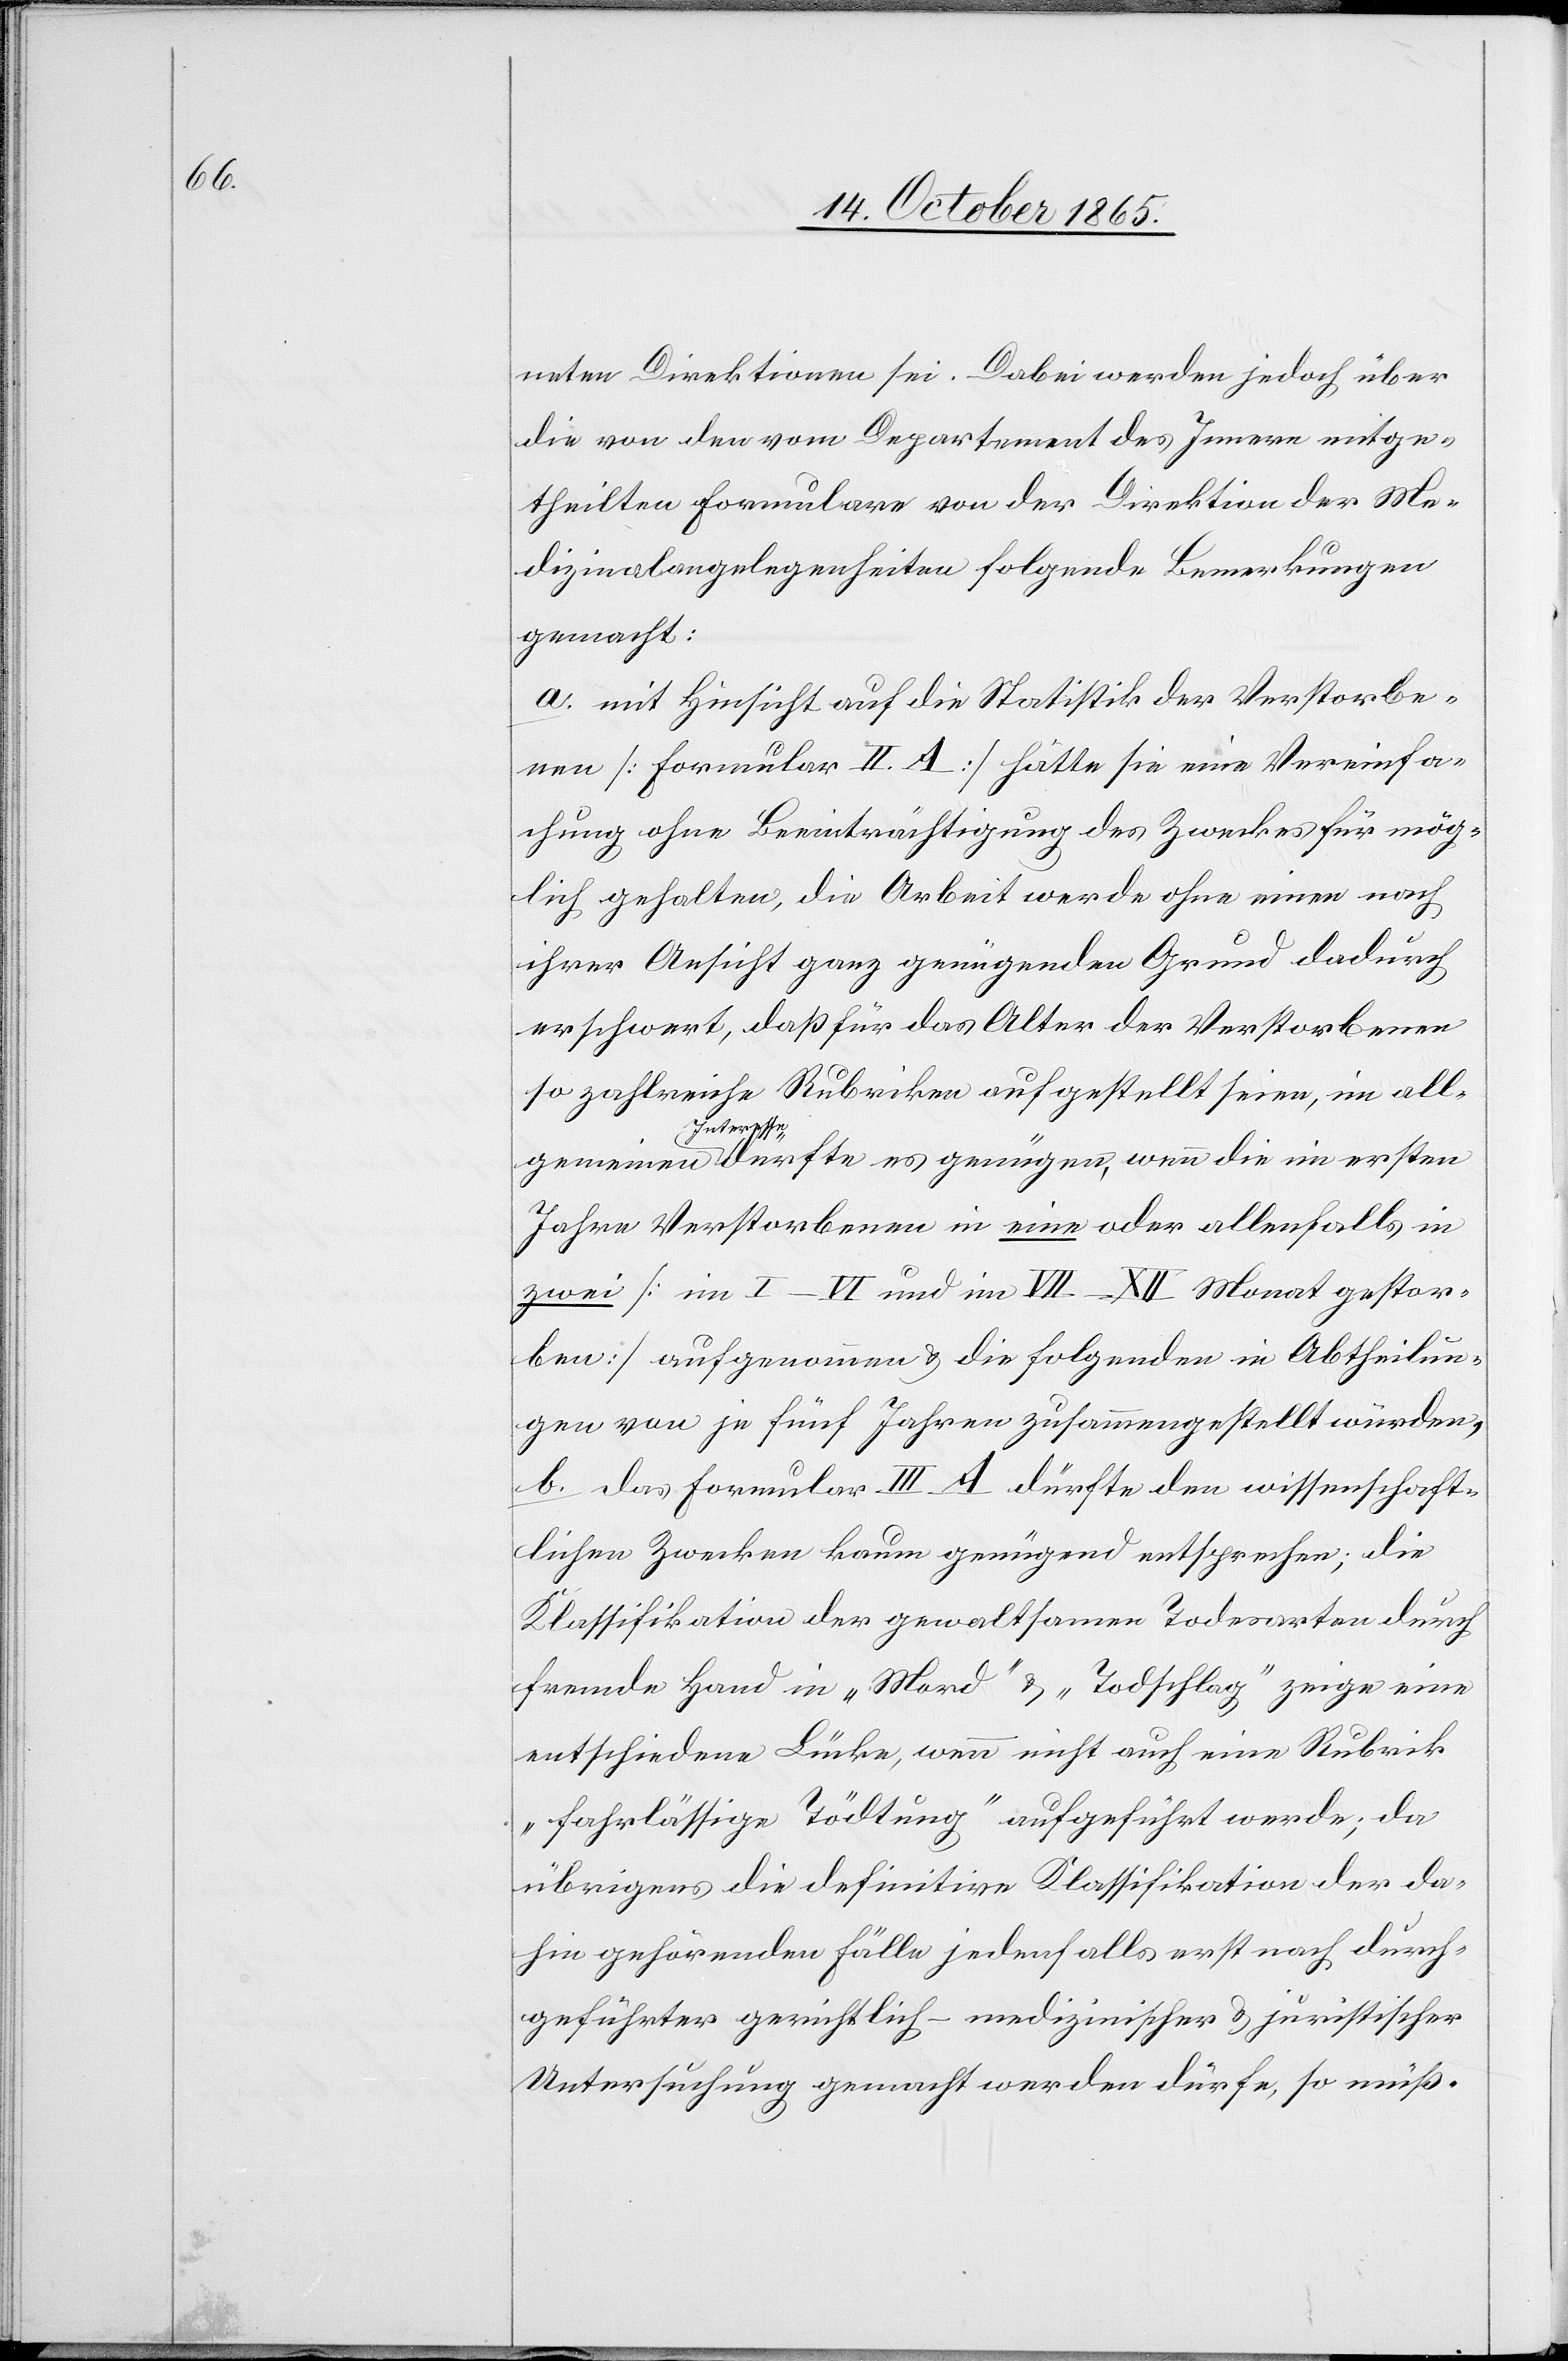
neten Direktionen sei. Dabei werde jedoch über
die von den vom Departement des Innern mitge¬
theilten Formulare von der Direktion der Me¬
dizinalangelegenheiten folgende Bemerkungen
gemacht:
a. mit Hinsicht auf die Statistik der Verstorbe¬
nen [Formular II. A] hätte sie eine Vereinfa¬
chung ohne Beeinträchtigung des Zweckes für mög¬
lich gehalten, die Arbeit werde ohne einen nach
ihrer Ansicht ganz genügenden Grund dadurch
erschwert, daß für das Alter der Verstorbenen
so zahlreiche Rubriken aufgestellt seien, im all¬
gemeinen Interesse dürfte es genügen, wenn die im ersten
Jahre Verstorbenen in eine oder allenfalls in
zwei [im I–VI und im VII–XII Monat gestor¬
ben] aufgenommen & die folgenden in Abtheilun¬
gen von je fünf Jahren zusammengestellt würden,
b. Das Formular III A dürfte den wissenschaft¬
lichen Zwecken kaum genügend entsprechen; die
Klassifikation der gewaltsamen Todesarten durch
fremde Hand in „Mord“ & „Todschlag“ zeige eine
entschiedene Lücke, wenn nicht auch eine Rubrik
„fahrlässige Tödtung“ aufgeführt werde; da
übrigens die definitive Klassifikation der da¬
hin gehörenden Fälle jedenfalls erst nach durch¬
geführter gerichtlich-medizinischer & juristischer
Untersuchung gemacht werden dürfe, so müß-